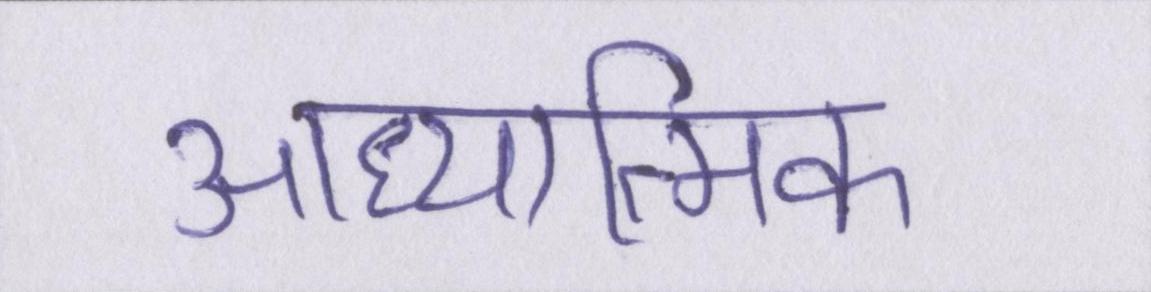
आध्यात्मिक